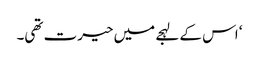
‘ اس کے لہجے میں حیرت تھی۔